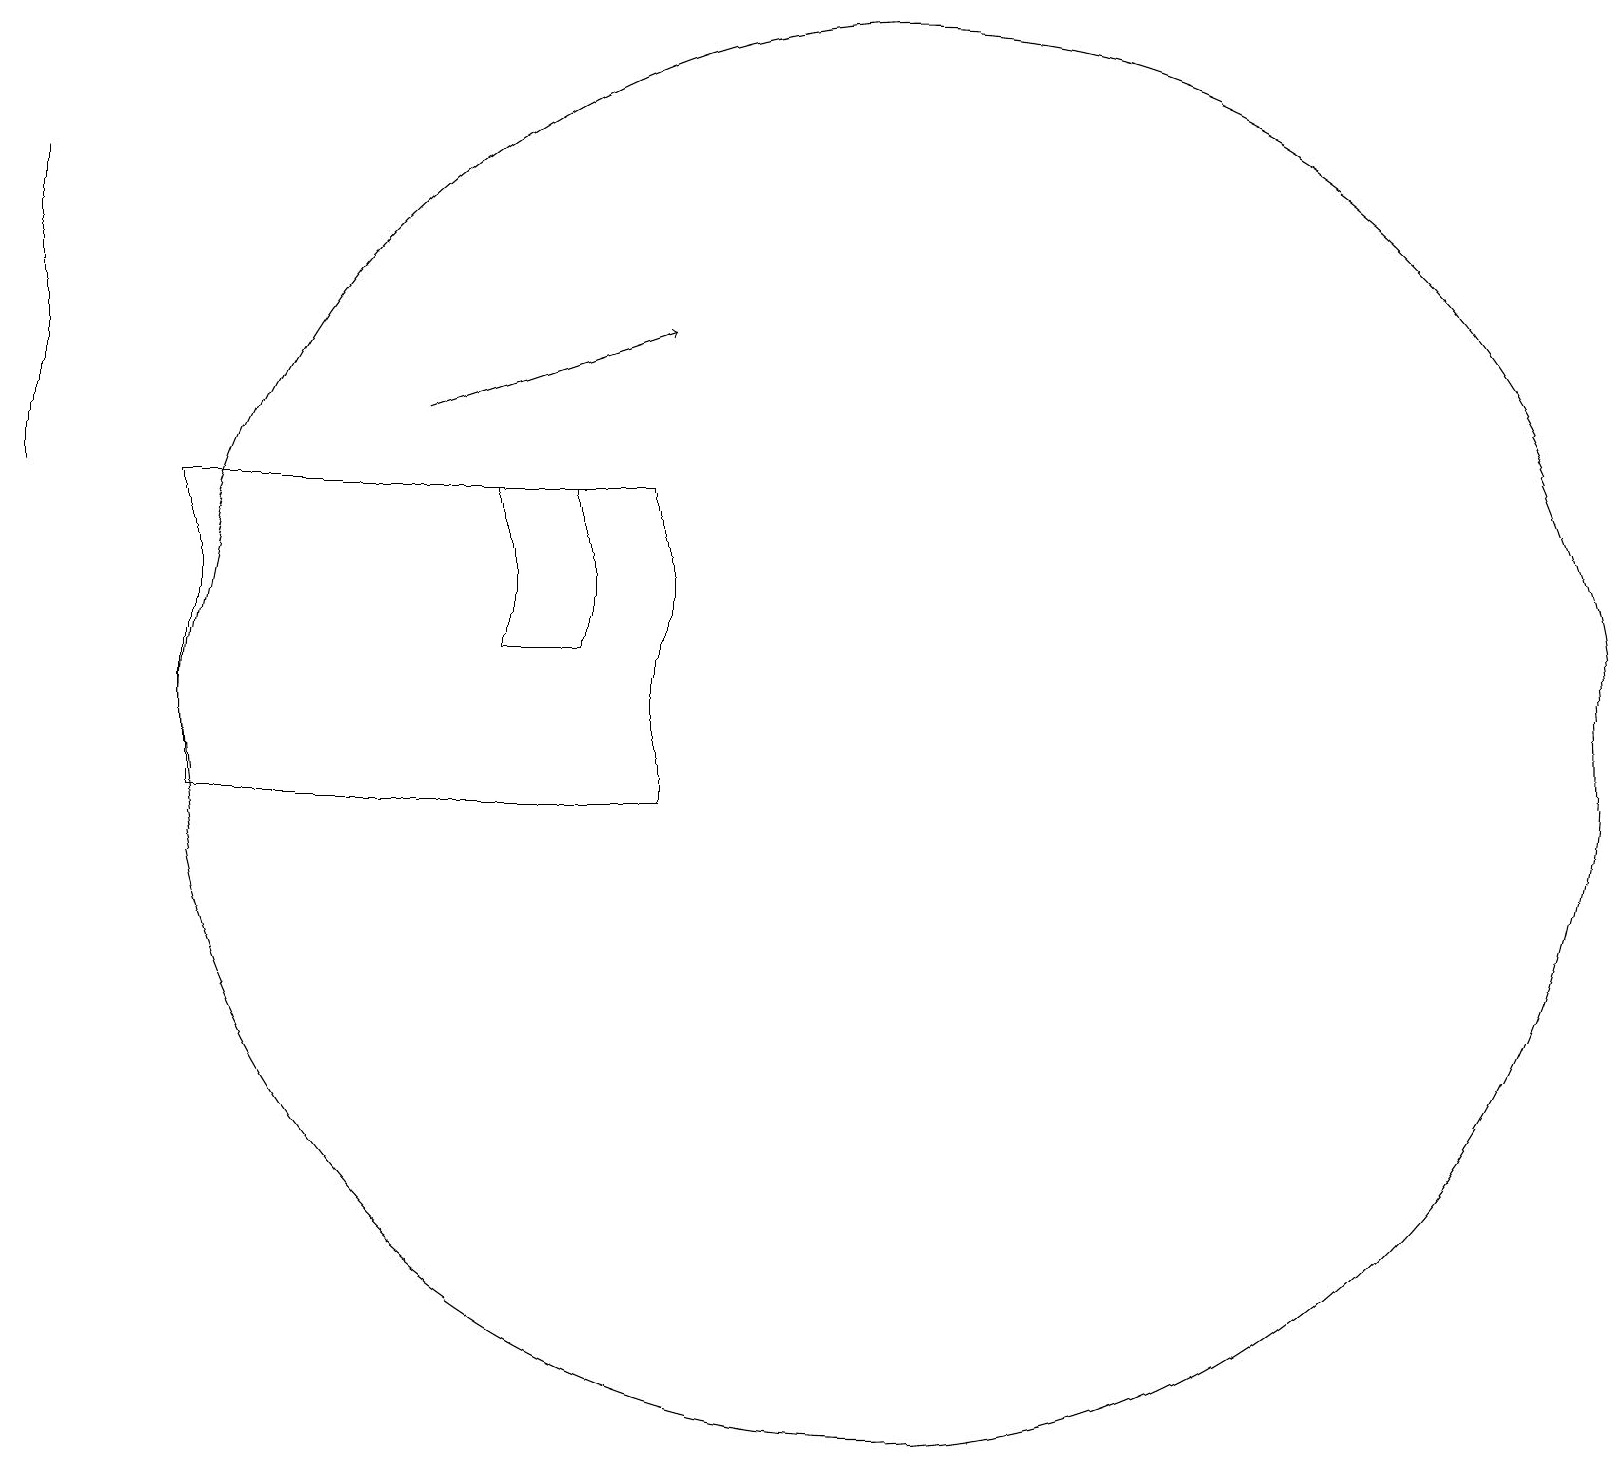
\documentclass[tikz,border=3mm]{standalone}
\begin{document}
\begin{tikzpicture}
\draw (8,14) rectangle (7,12);
\draw (9,14) rectangle (3,10);
\draw (12,11) circle (9);
\draw[->] (6,15) -- (9,16);
\draw (1,14) rectangle (1,18);
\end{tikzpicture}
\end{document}